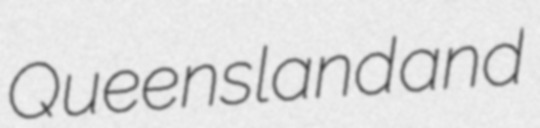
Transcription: Queensland and